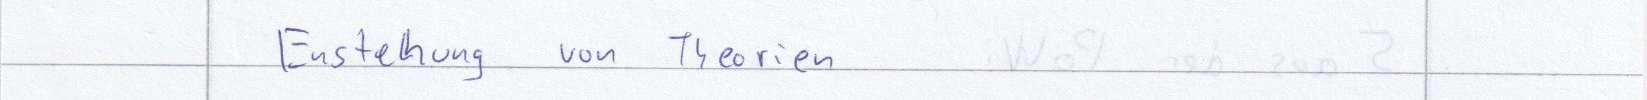
Entstehung von Theorien